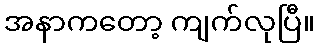
အနာကတော့ ကျက်လုပြီ။